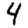
Digit: 4